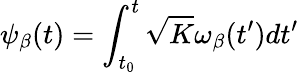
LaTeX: \psi_{\beta}(t)=\int_{t_{0}}^{t}\sqrt{K}\omega_{\beta}(t^{\prime})dt^{\prime}